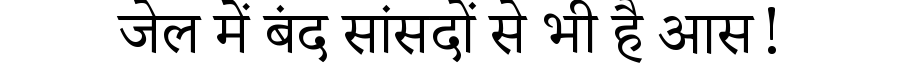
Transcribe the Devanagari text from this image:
जेल में बंद सांसदों से भी है आस!